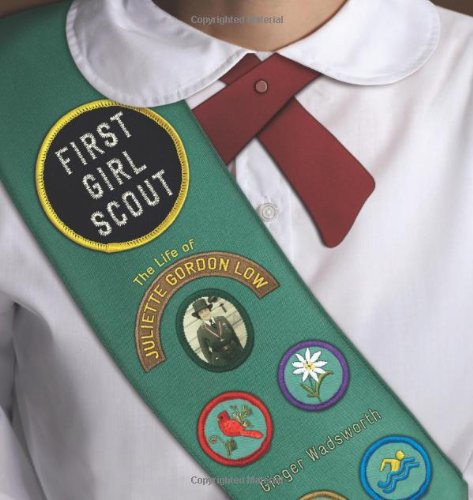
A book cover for First Girl Scout: The Life of Juliette Gordon Low; Ginger Wadsworth; Children's Books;